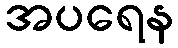
အပရေန